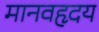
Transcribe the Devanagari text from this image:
मानवहृदय